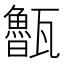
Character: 𭺨